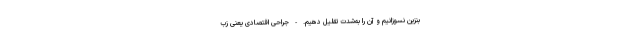
بنزین نسوزانیم و آن را به‌شدت تقلیل دهیم. - جراحی اقتصادی یعنی زب